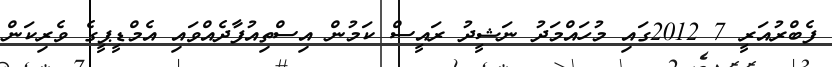
ފެބްރުއަރީ 7 2012ގައި މުހައްމަދު ނަޝީދު ރައީސް ކަމުން އިސްތިއުފާދެއްވައި އެމްޑީޕީގެ ވެރިކަން